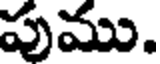
పుము.